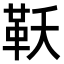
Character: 𮧔